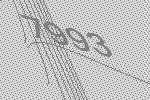
7993